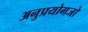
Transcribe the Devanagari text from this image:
अनुप्रयोगजो